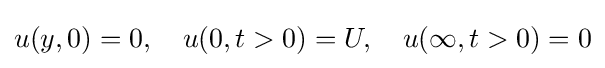
u(y,0)=0,\quad u(0,t>0)=U,\quad u(\infty ,t>0)=0